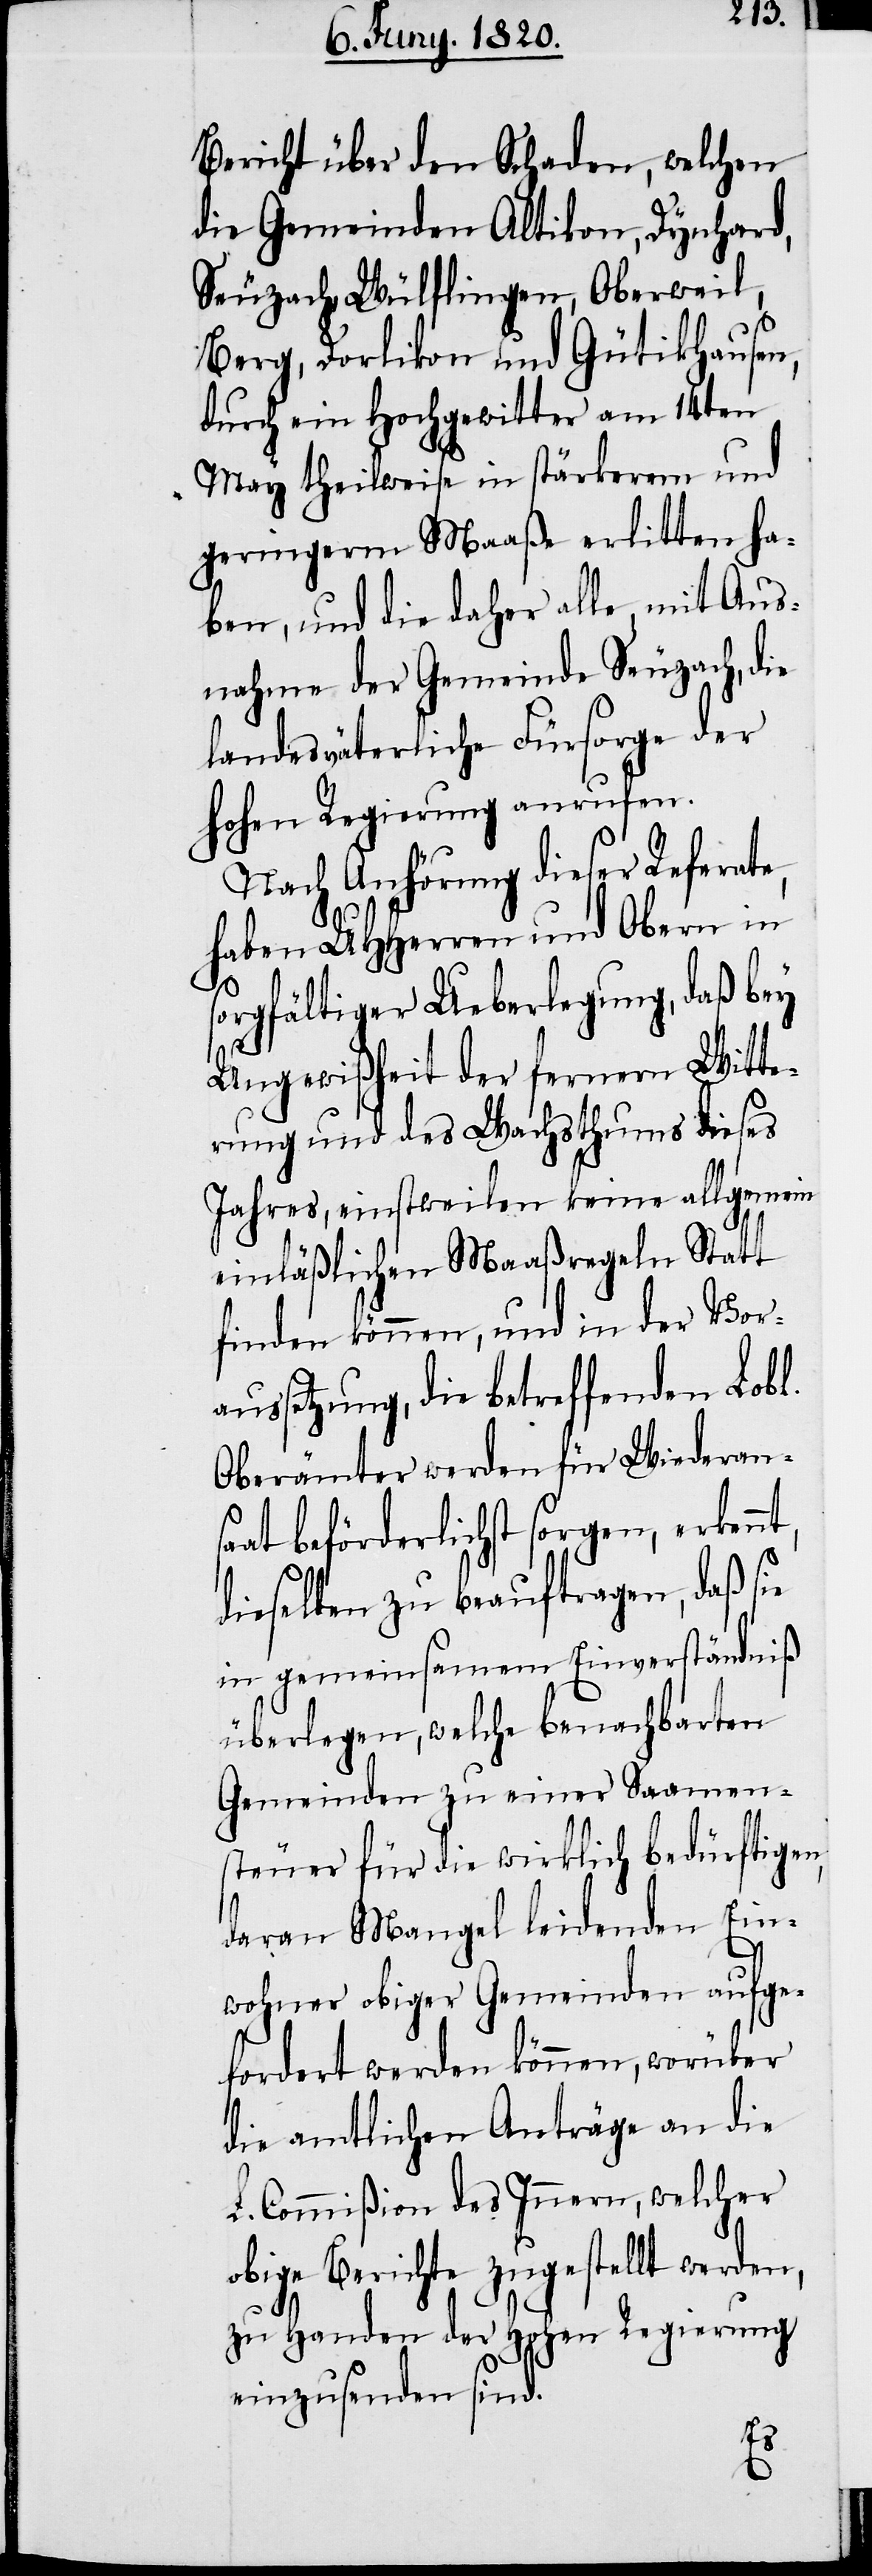
Bericht über den Schaden, welchen
die Gemeinden Altikon, Dynhard,
Seuzach, Wülflingen, Oberweil,
Berg, Dorlikon und Gütikhausen,
durch ein Hochgewitter am 14ten
May theilweise in stärkerem und
geringerm Maaße erlitten ha¬
ben, und die daher alle mit Aus¬
nahme der Gemeinde Seuzach, die
landesväterliche Fürsorge der
hohen Regierung anrufen.
Nach Anhörung dieser Referate,
haben UHHerren und Obern in
orgfältiger Ueberlegung, daß bey
Ungewißheit der fernern Witte¬
rung und des Wachsthums dieses
Jahres, einstweilen keine allgemeinen
einläßlichen Maaßregeln Statt
finden können, und in der Vor¬
aussetzung, die betreffenden Lobl.
Oberämter werden für Wiederans¬
aat behörderlichst sorgen, erkenn¬
dieselben zu beauftragen, daß sie
in gemeinsamem Einverständniß
überlegen, welche benachbarten
Gemeinden zu einer Saamen¬
steuer für die wirklich bedürftigen,
daran Mangel leidenden Ein¬
wohner obiger Gemeinden aufge¬
fordert werden können, worüber
die amtlichen Anträge an die
L. Commißion des Innern, welcher
obige Berichte zugestellt werden,
zu Handen der hohen Regierung
einzusenden sind.
t,